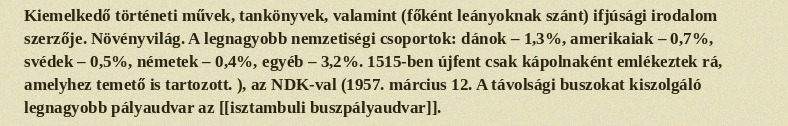
Kiemelkedő történeti művek, tankönyvek, valamint (főként leányoknak szánt) ifjúsági irodalom szerzője. Növényvilág. A legnagyobb nemzetiségi csoportok: dánok – 1,3%, amerikaiak – 0,7%, svédek – 0,5%, németek – 0,4%, egyéb – 3,2%. 1515-ben újfent csak kápolnaként emlékeztek rá, amelyhez temető is tartozott. ), az NDK-val (1957. március 12. A távolsági buszokat kiszolgáló legnagyobb pályaudvar az [[isztambuli buszpályaudvar]].